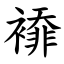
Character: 䙣